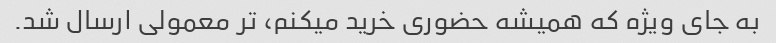
به جای ویژه که همیشه حضوری خرید میکنم، تر معمولی ارسال شد.